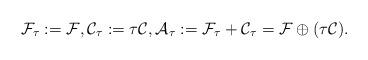
LaTeX: \begin{align*} \mathcal{F}_\tau := \mathcal{F}, \mathcal{C}_{ \tau} := \tau \mathcal{C}, \mathcal{A}_{ \tau} := \mathcal{F}_\tau + \mathcal{C}_{ \tau} = \mathcal{F} \oplus (\tau \mathcal{C}).\end{align*}